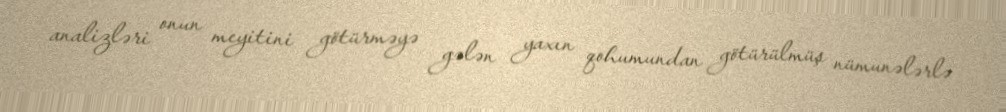
analizləri onun meyitini götürməyə gələn yaxın qohumundan götürülmüş nümunələrlə